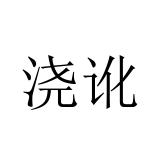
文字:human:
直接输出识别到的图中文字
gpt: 浇讹